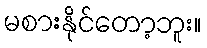
မစားနိုင်တော့ဘူး။